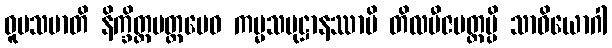
ဝူပသမာတိ နိက္ခိတ္တမတ္တမေဝ ကမ္မသမုဋ္ဌာနဿာပိ တိလဗီဇမတ္တမ္ပိ သာဝိယောဂါ